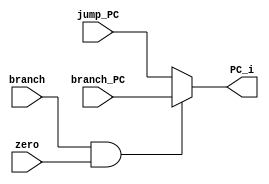
`timescale 1ns / 1ps
module PC_branch_MUX(branch, zero, jump_PC, branch_PC, PC_i);
//input signals
input wire branch;
input wire zero;
input wire [31:0] jump_PC;
input wire [31:0] branch_PC;

//output signals
output [31:0] PC_i;

assign PC_i = (branch && zero) ? branch_PC : jump_PC;

endmodule